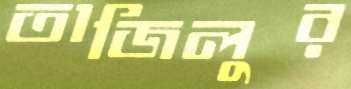
তাজিলুর